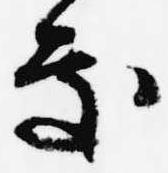
処